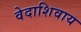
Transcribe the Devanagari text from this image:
वेदाशिवाय